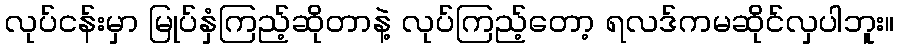
လုပ်ငန်းမှာ မြုပ်နှံကြည့်ဆိုတာနဲ့ လုပ်ကြည့်တော့ ရလဒ်ကမဆိုင်လှပါဘူး။